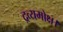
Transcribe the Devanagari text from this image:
द्रव्यमोक्ष।